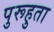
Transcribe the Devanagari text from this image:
पुरूहुता